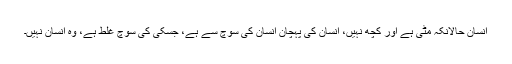
انسان حالانکہ مٹی ہے اور کچھ نہیں، انسان کی پہچان انسان کی سوچ سے ہے، جسکی کی سوچ غلط ہے، وہ انسان نہیں۔